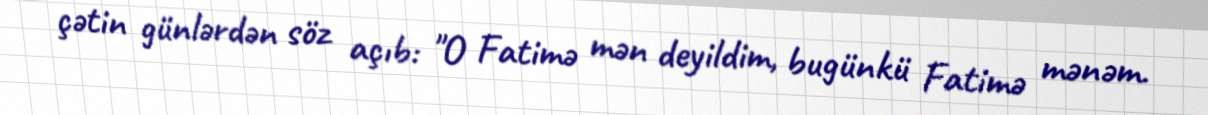
çətin günlərdən söz açıb: "O Fatimə mən deyildim, bugünkü Fatimə mənəm.